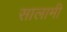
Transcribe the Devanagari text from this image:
सालामी